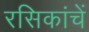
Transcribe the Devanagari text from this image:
रसिकांचें